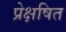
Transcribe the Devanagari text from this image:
प्रेक्षषित